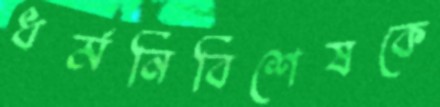
ধর্মনির্বিশেষকে